Report on the Civil Veterinary Department, Eastern Bengal and Assam - 1907-1911
Year: 1907
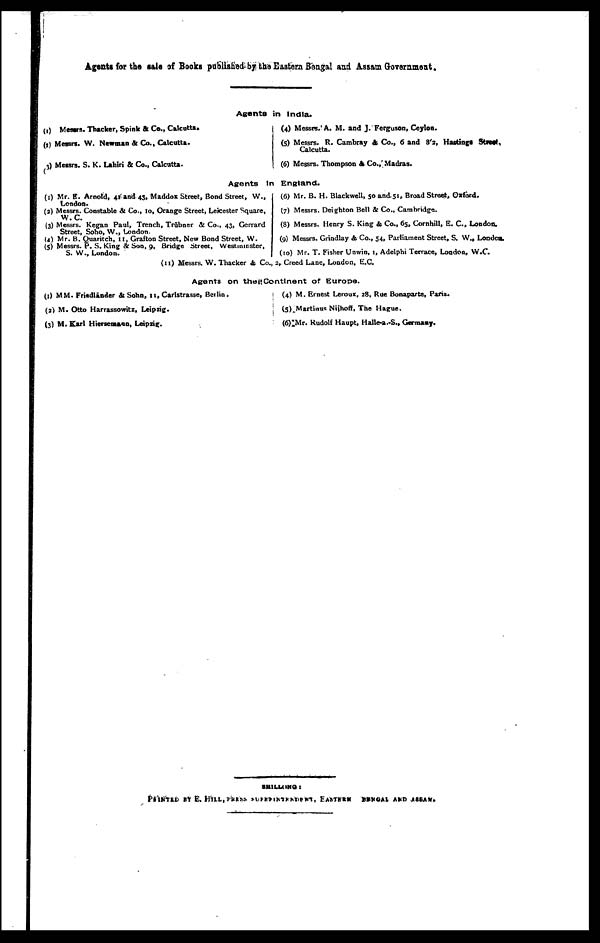
Agents for the sale of Books published by the Eastern Bengal and Assam Government.
Agents in India.
(1) Messrs. Thacker, Spink & Co., Calcutta.
(2) Messrs. W. Newman & Co., Calcutta.
(3) Messrs. S. K. Lahiri & Co., Calcutta.
(4) Messrs. A. M. and J. Ferguson, Ceylon.
(5) Messrs. R. Cambray & Co., 6 and 8'2, Hastings Street,
Calcutta.
(6) Messrs. Thompson & Co., Madras.
Agents In England.
(1) Mr. E. Arnold, 41 and 43, Maddox Street, Bond Street, W.,
London.
(3) Messrs. Constable & Co., 10, Orange Street, Leicester Square,
W.C.
(3) Messrs. Kegan Paul, Trench, Trūbner & Co., 43, Gerrard
Street, Soho, W., London.
(4) Mr. B. Quaritch, II, Grafton Street, New Bond Street, W.
(5) Messrs. P. S. King & Son, 9, Bridge Street, Westminster,
S. W.. London.
(6) Mr. B. H. Blackwell, 50 and 51, Broad Street, Oxford.
(7) Messrs. Deighton Bell & Co., Cambridge.
(8) Messrs. Henry S. King & Co., 65, Cornhill, E. C, London.
(9) Messrs. Grindlay & Co., 54, Parliament Street, S. W., London.
(10) Mr. T. Fisher Unwin, 1, Adelphi Terrace, London, W.C.
(11) Messrs. W. Thacker & Co., 2, Creed Lane, London, E.C.
Agents on the Continent of Europe.
(1) MM. Friedlānder & Sohn, 11, Carlstrasse, Berlin.
(3) M. Otto Harrassowitz, Leipzig.
(3) M. Karl Hierseouran, Leipzig.
(4) M. Ernest Leroux, 28, Rue Bonaparte, Paris.
(5) Martinus Nijhoff, The Hague.
(6) Mr. Rudolf Haupt, Halle-a.-S., Germany.
SHILLONG
PRINTED BY E, HlLL.PRESS SUPERINTENDENT, EASTERN BENGAL AND ASSAN.